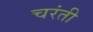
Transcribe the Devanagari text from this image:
चरंती